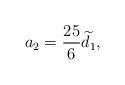
LaTeX: \begin{align*}a_{2}=\frac{25}{6}\widetilde{d}_{1}, \end{align*}